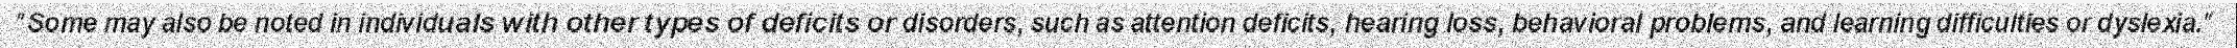
"Some may also be noted in individuals with other types of deficits or disorders, such as attention deficits, hearing loss, behavioral problems, and learning difficulties or dyslexia."